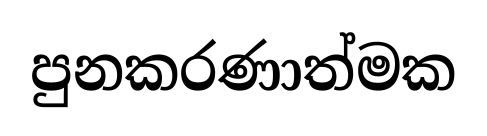
පුනකරණාත්මක